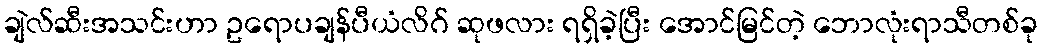
ချဲလ်ဆီးအသင်းဟာ ဥရောပချန်ပီယံလိဂ် ဆုဖလား ရရှိခဲ့ပြီး အောင်မြင်တဲ့ ဘောလုံးရာသီတစ်ခု